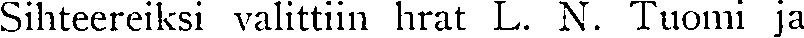
Sihteereiksi valittiin hrat L. N. Tuomi ja